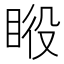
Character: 𰥦